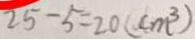
2 5 - 5 = 2 0 ( c m ^ { 3 } )